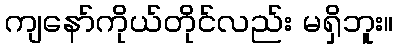
ကျနော်ကိုယ်တိုင်လည်း မရှိဘူး။